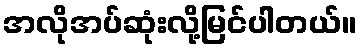
အလိုအပ်ဆုံးလို့မြင်ပါတယ်။